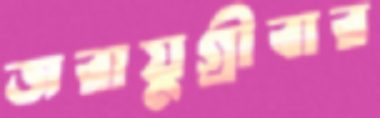
জরায়ুগ্রীবার